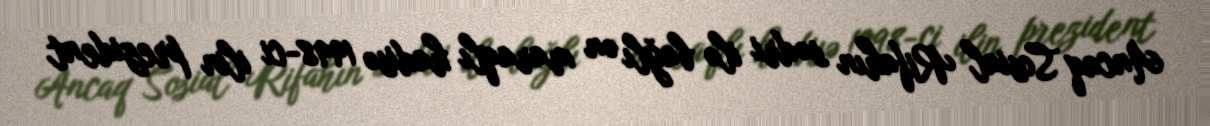
Ancaq Sosial Rifahın sədri ilə bağlı ən maraqlı hadisə 1998-ci ilin prezident